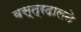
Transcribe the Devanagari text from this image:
वस्त्रदालने